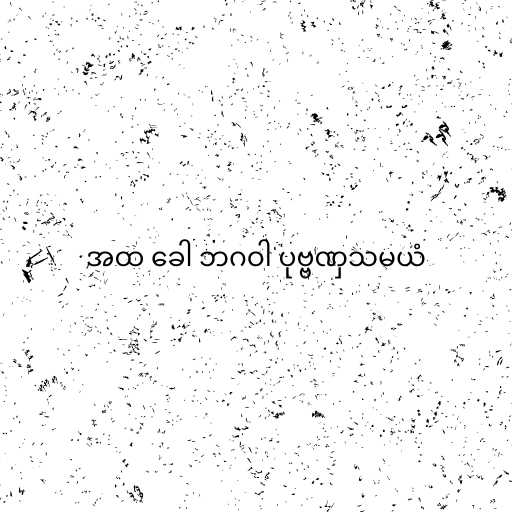
အထ ခေါ ဘဂဝါ ပုဗ္ဗဏှသမယံ